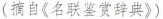
(摘自《名联鉴赏辞典》)